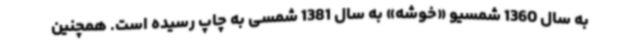
به سال 1360 شمسیو «خوشه» به سال 1381 شمسی به چاپ رسیده است. همچنین